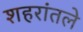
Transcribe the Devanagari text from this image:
शहरांतले